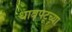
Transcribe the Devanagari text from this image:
धावपटूच्या